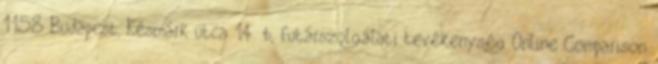
1158 Budapest, Késmárk utca 14 b, futárszolgálati tevékenység Online Comparison